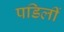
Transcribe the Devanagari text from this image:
पडिलीं